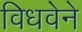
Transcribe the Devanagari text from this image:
विधवेने